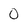
Character: 0